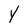
Character: Y